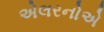
એલરનોએ